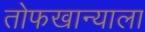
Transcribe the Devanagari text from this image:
तोफखान्याला